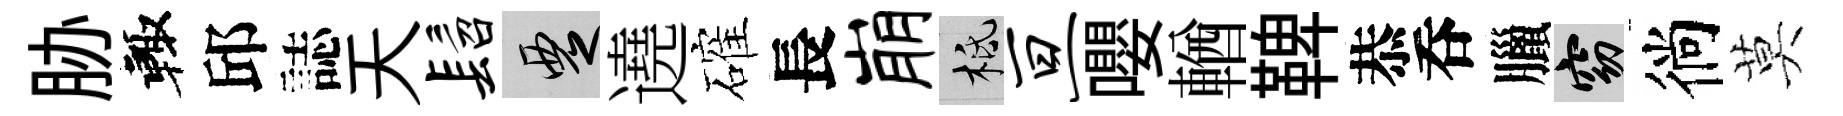
胁輙邱誌天髫覂遶確長崩柢亘嚶輶鞞恭呑臘窈徜莫